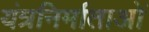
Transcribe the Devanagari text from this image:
यंत्रनिर्माताओं